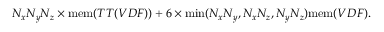
N _ { x } N _ { y } N _ { z } \times \mathrm { m e m } ( T T ( V D F ) ) + 6 \times \mathrm { m i n } ( N _ { x } N _ { y } , N _ { x } N _ { z } , N _ { y } N _ { z } ) \mathrm { m e m } ( V D F ) .